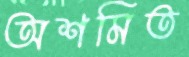
অশমিত